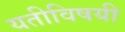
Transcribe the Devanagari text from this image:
यतीविषयी